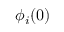
\phi _ { i } ( 0 )